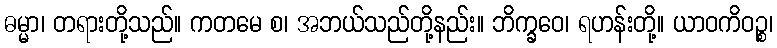
ဓမ္မာ၊ တရားတို့သည်။ ကတမေ စ၊ အဘယ်သည်တို့နည်း။ ဘိက္ခဝေ၊ ရဟန်းတို့။ ယာဝကိဝဉ္စ၊